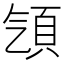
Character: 𩑡